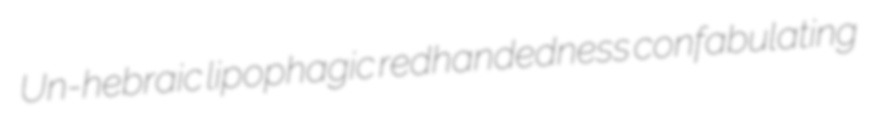
Un-hebraic lipophagic redhandedness confabulating